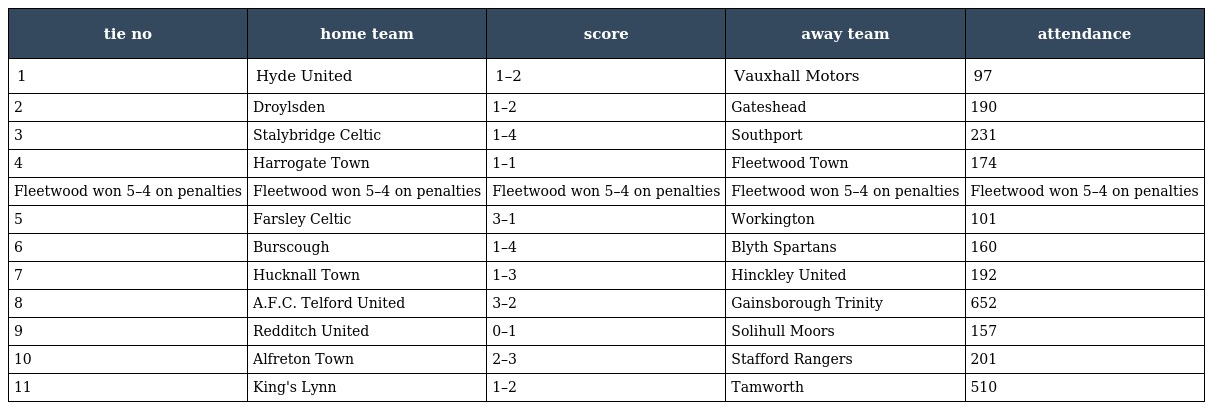
| tie no | home team | score | away team | attendance |
 | --- | --- | --- | --- | --- |
 | 1 | Hyde United | 1–2 | Vauxhall Motors | 97 |
 | 2 | Droylsden | 1–2 | Gateshead | 190 |
 | 3 | Stalybridge Celtic | 1–4 | Southport | 231 |
 | 4 | Harrogate Town | 1–1 | Fleetwood Town | 174 |
 | Fleetwood won 5–4 on penalties | Fleetwood won 5–4 on penalties | Fleetwood won 5–4 on penalties | Fleetwood won 5–4 on penalties | Fleetwood won 5–4 on penalties |
 | 5 | Farsley Celtic | 3–1 | Workington | 101 |
 | 6 | Burscough | 1–4 | Blyth Spartans | 160 |
 | 7 | Hucknall Town | 1–3 | Hinckley United | 192 |
 | 8 | A.F.C. Telford United | 3–2 | Gainsborough Trinity | 652 |
 | 9 | Redditch United | 0–1 | Solihull Moors | 157 |
 | 10 | Alfreton Town | 2–3 | Stafford Rangers | 201 |
 | 11 | King's Lynn | 1–2 | Tamworth | 510 |